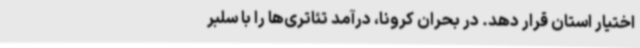
اختیار استان قرار دهد. در بحران کرونا، درآمد تئاتری‌ها را با سلبر